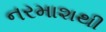
નરમાશથી